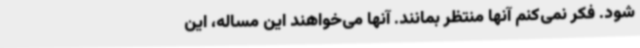
شود. فکر نمی‌کنم آنها منتظر بمانند. آنها می‌خواهند این مساله، این